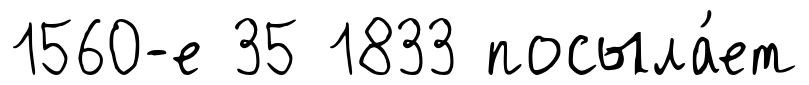
1560-е 35 1833 посыла́ет